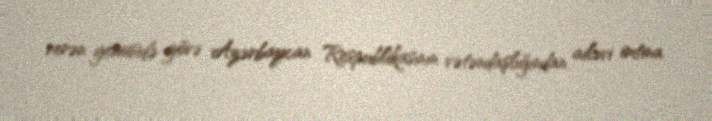
verən genosidə görə Azərbaycan Respublikasının vətəndaşlığından ailəvi imtina